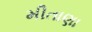
મીતાણા